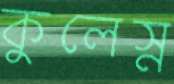
কুলেস্ন